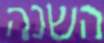
השנה